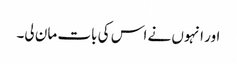
اور انہوں نے اس کی بات مان لی۔